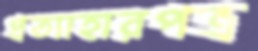
প্রত্যাহারপত্র